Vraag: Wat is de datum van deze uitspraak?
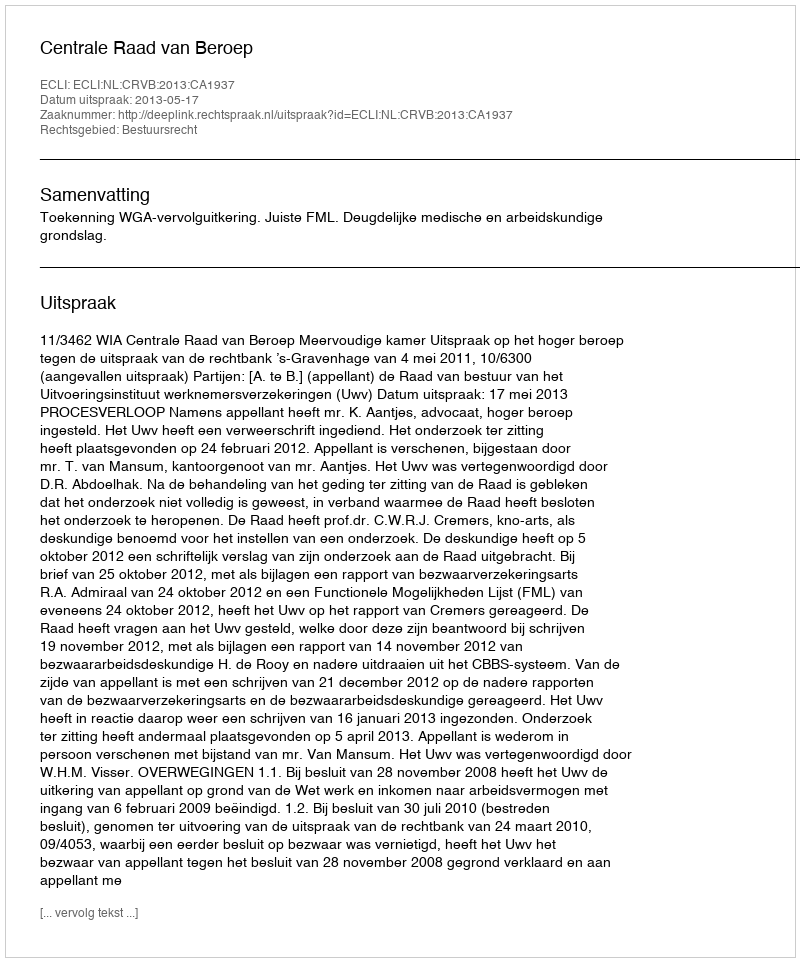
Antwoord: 2013-05-17